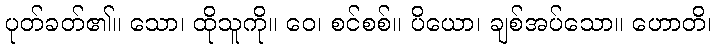
ပုတ်ခတ်၏။ သော၊ ထိုသူကို။ ဝေ၊ စင်စစ်။ ပိယော၊ ချစ်အပ်သော။ ဟောတိ၊